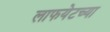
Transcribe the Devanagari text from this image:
लाफयेटच्या